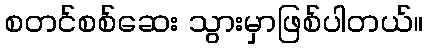
စတင်စစ်ဆေး သွားမှာဖြစ်ပါတယ်။